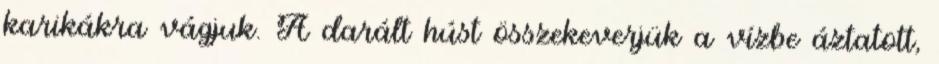
karikákra vágjuk. A darált húst összekeverjük a vízbe áztatott,